Civil Veterinary Dept. North-West Frontier Province 1901-22 - 1901-1922
Year: 1901
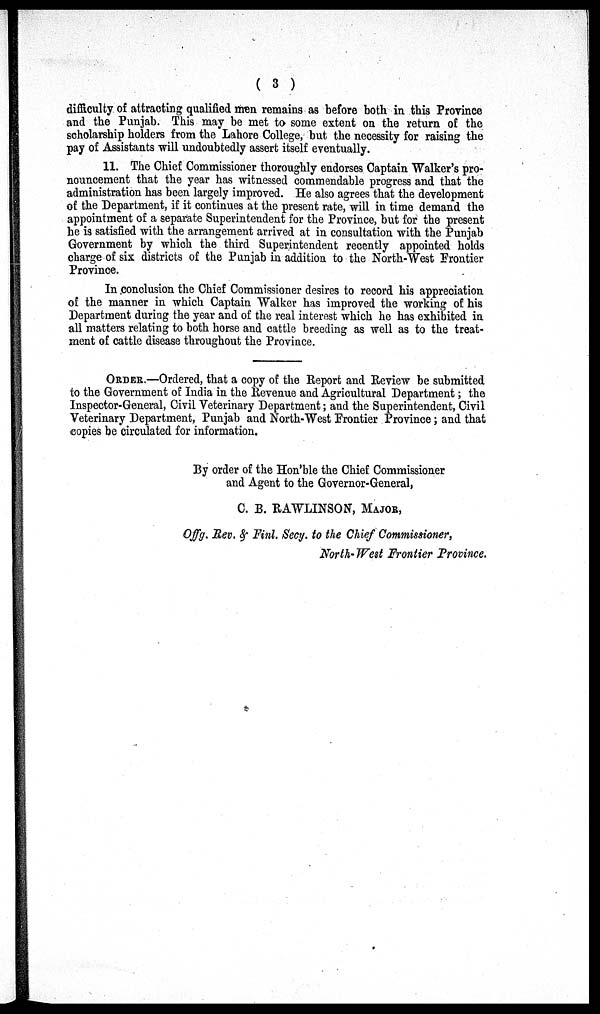
( 3 )
difficulty of attracting qualified men remains as before both in this Province
and the Punjab. This may be met to some extent on the return of the
scholarship holders from the Lahore College, but the necessity for raising the
pay of Assistants will undoubtedly assert itself eventually.
11. The Chief Commissioner thoroughly endorses Captain Walker's pro-
nouncement that the year has witnessed commendable progress and that the
administration has been largely improved. He also agrees that the development
of the Department, if it continues at the present rate, will in time demand the
appointment of a separate Superintendent for the Province, but for the present
he is satisfied with the arrangement arrived at in consultation with the Punjab
Government by which the third Superintendent recently appointed holds
charge of six districts of the Punjab in addition to the North-West Frontier
Province.
In conclusion the Chief Commissioner desires to record his appreciation
of the manner in which Captain Walker has improved the working of his
Department during the year and of the real interest which he has exhibited in
all matters relating to both horse and cattle breeding as well as to the treat-
ment of cattle disease throughout the Province.
ORDER.—Ordered, that a copy of the Report and Review be submitted
to the Government of India in the Revenue and Agricultural Department; the
Inspector-General, Civil Veterinary Department; and the Superintendent, Civil
Veterinary Department, Punjab and North-West Frontier Province; and that
copies be circulated for information.
By order of the Hon'ble the Chief Commissioner
and Agent to the Governor-General,
C. B. RAWLINSON, MAJOR,
Offg. Rev. & Finl. Secy. to the Chief Commissioner,
North-West Frontier Province.